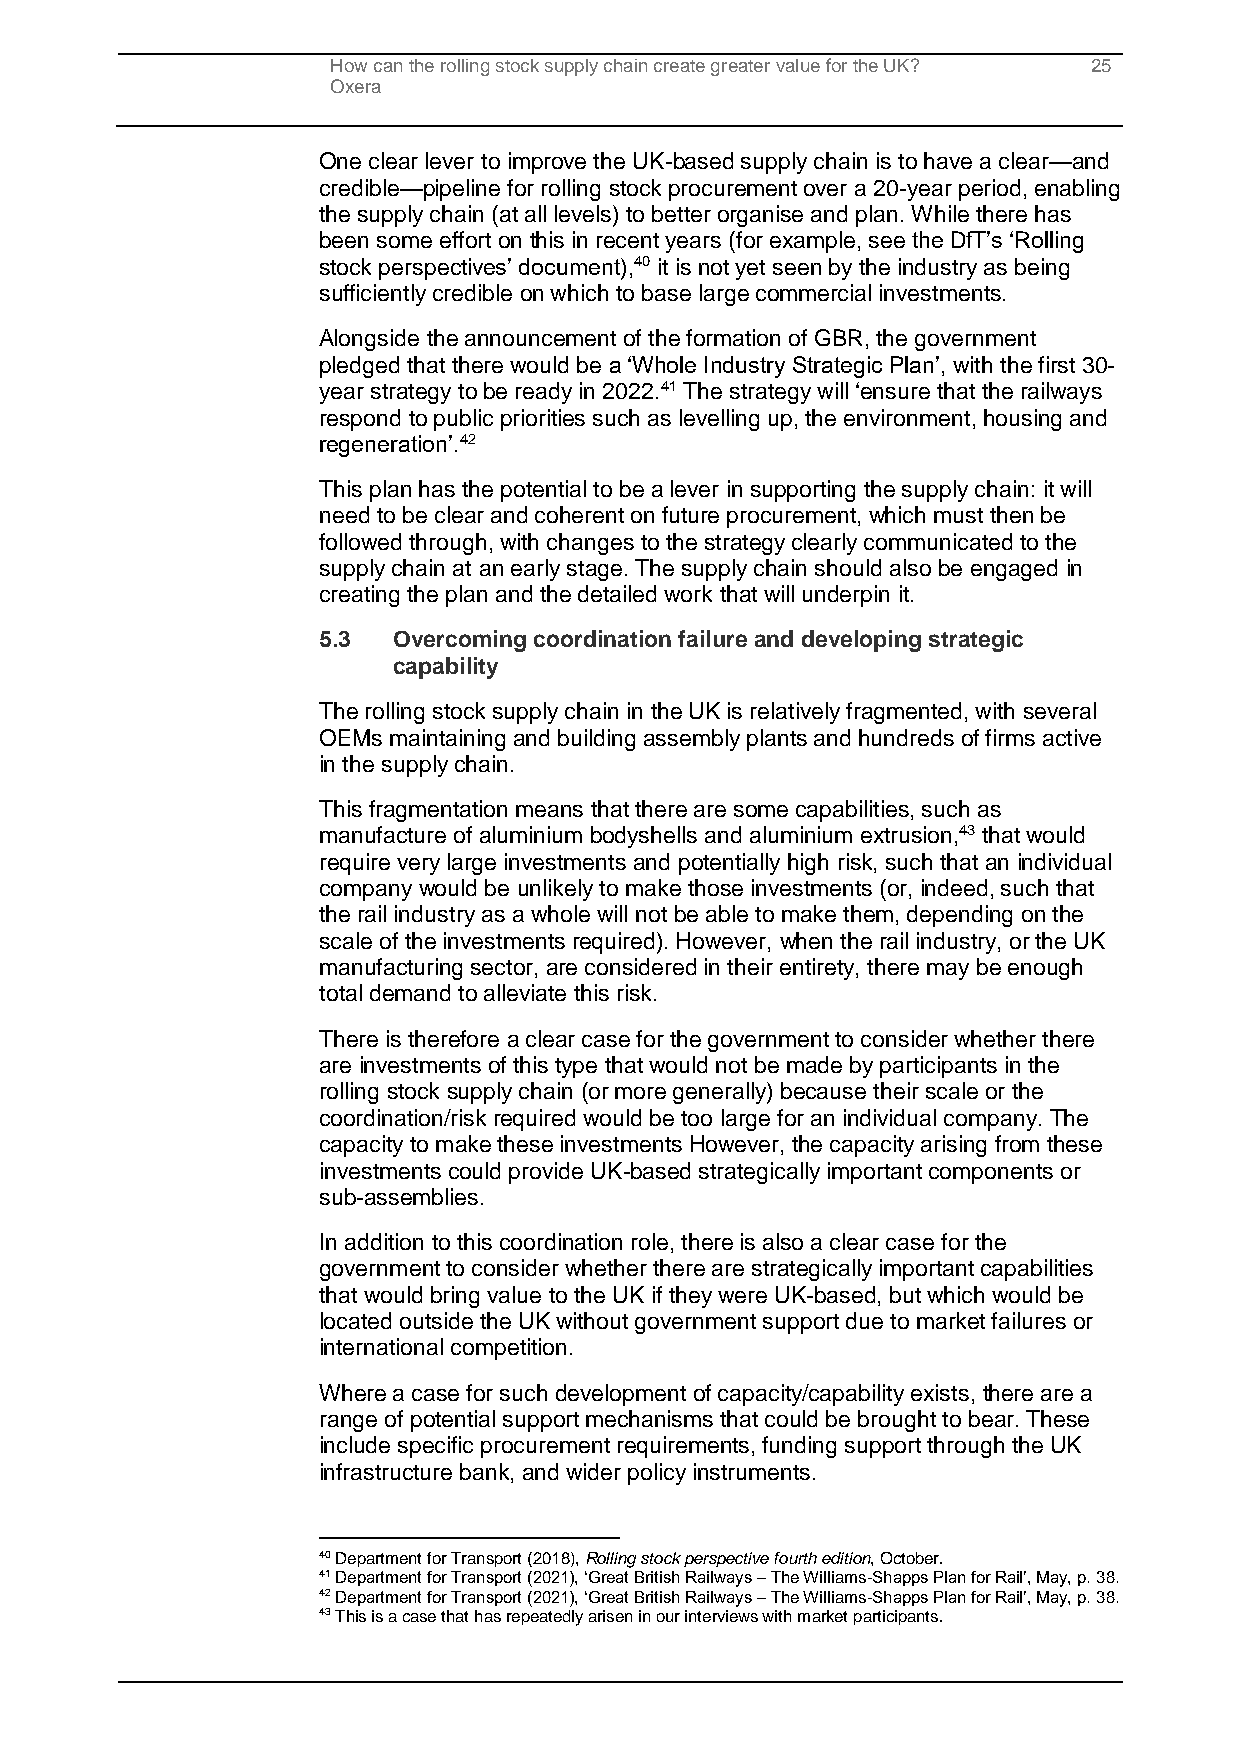
How can the rolling stock supply chain create greater value for the UK? 25
 Oxera
 One clear lever to improve the UK-based supply chain is to have a clear—and
 credible—pipeline for rolling stock procurement over a 20-year period, enabling
 the supply chain (at all levels) to better organise and plan. While there has
 been some effort on this in recent years (for example, see the DfT’s ‘Rolling
 stock perspectives’ document),40 it is not yet seen by the industry as being
 sufficiently credible on which to base large commercial investments.
 Alongside the announcement of the formation of GBR, the government
 pledged that there would be a ‘Whole Industry Strategic Plan’, with the first 30-
 year strategy to be ready in 2022.41 The strategy will ‘ensure that the railways
 respond to public priorities such as levelling up, the environment, housing and
 regeneration’.42
 This plan has the potential to be a lever in supporting the supply chain: it will
 need to be clear and coherent on future procurement, which must then be
 followed through, with changes to the strategy clearly communicated to the
 supply chain at an early stage. The supply chain should also be engaged in
 creating the plan and the detailed work that will underpin it.
 5.3  Overcoming coordination failure and developing strategic
 capability
 The rolling stock supply chain in the UK is relatively fragmented, with several
 OEMs maintaining and building assembly plants and hundreds of firms active
 in the supply chain.
 This fragmentation means that there are some capabilities, such as
 manufacture of aluminium bodyshells and aluminium extrusion,43 that would
 require very large investments and potentially high risk, such that an individual
 company would be unlikely to make those investments (or, indeed, such that
 the rail industry as a whole will not be able to make them, depending on the
 scale of the investments required). However, when the rail industry, or the UK
 manufacturing sector, are considered in their entirety, there may be enough
 total demand to alleviate this risk.
 There is therefore a clear case for the government to consider whether there
 are investments of this type that would not be made by participants in the
 rolling stock supply chain (or more generally) because their scale or the
 coordination/risk required would be too large for an individual company. The
 capacity to make these investments However, the capacity arising from these
 investments could provide UK-based strategically important components or
 sub-assemblies.
 In addition to this coordination role, there is also a clear case for the
 government to consider whether there are strategically important capabilities
 that would bring value to the UK if they were UK-based, but which would be
 located outside the UK without government support due to market failures or
 international competition.
 Where a case for such development of capacity/capability exists, there are a
 range of potential support mechanisms that could be brought to bear. These
 include specific procurement requirements, funding support through the UK
 infrastructure bank, and wider policy instruments.
 40 Department for Transport (2018), Rolling stock perspective fourth edition, October.
 41 Department for Transport (2021), ‘Great British Railways – The Williams-Shapps Plan for Rail’, May, p. 38.
 42 Department for Transport (2021), ‘Great British Railways – The Williams-Shapps Plan for Rail’, May, p. 38.
 43 This is a case that has repeatedly arisen in our interviews with market participants.